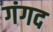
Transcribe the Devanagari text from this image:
गंगद